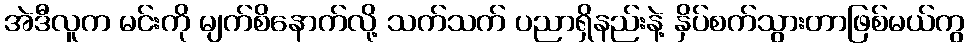
အဲဒီလူက မင်းကို မျက်စိနောက်လို့ သက်သက် ပညာရှိနည်းနဲ့ နှိပ်စက်သွားတာဖြစ်မယ်ကွ